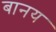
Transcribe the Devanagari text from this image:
बानय